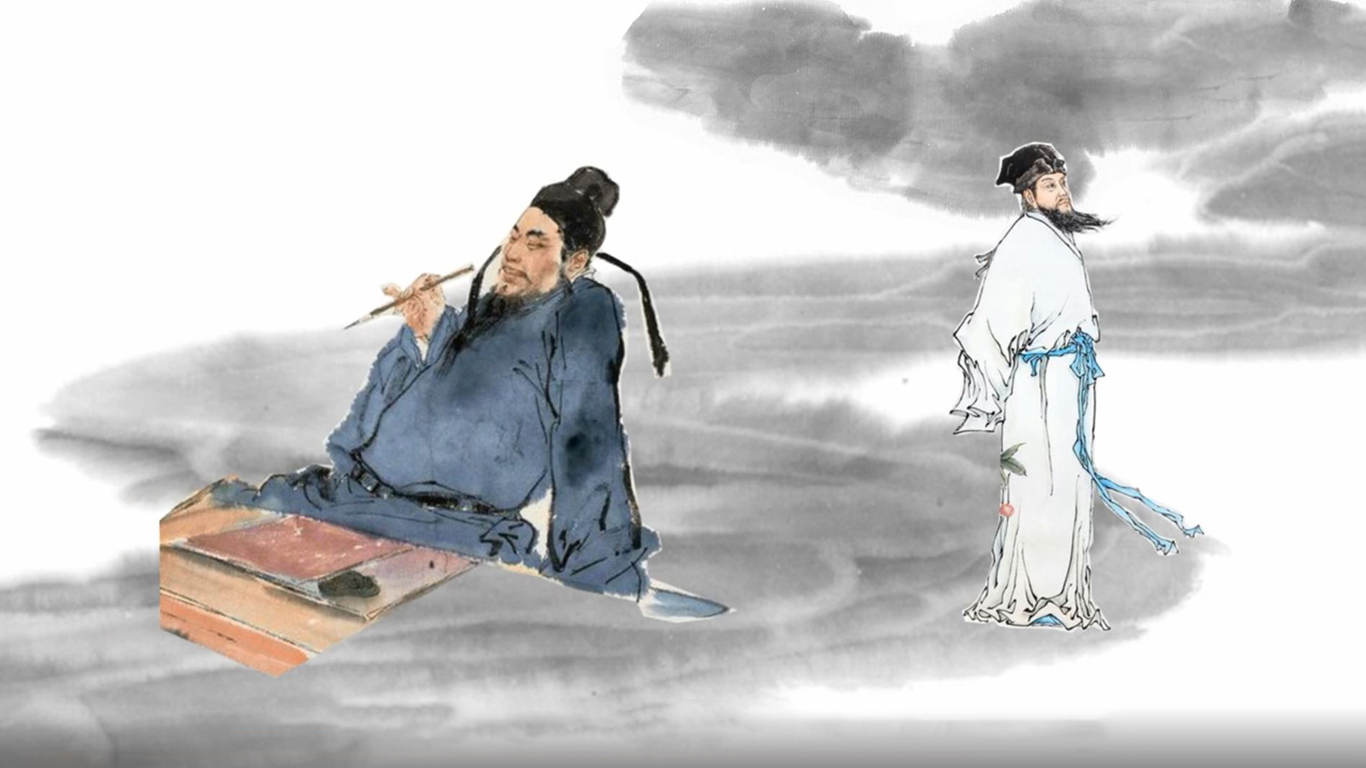
忘却成都来十载，因君未免思量。